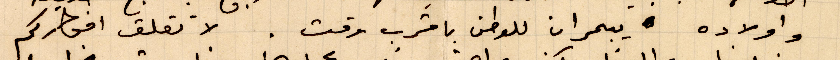
وأولاده يبحران للوطن باقرب وقت. لا تقلق افكاركم